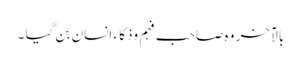
بالآخر وہ صاحب فہم وذکا ء انسان بن گیا ۔